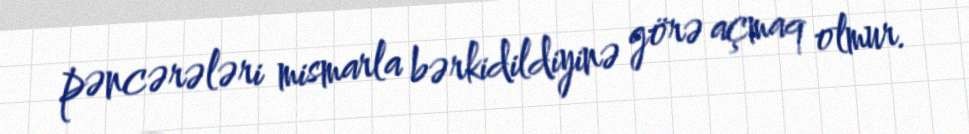
pəncərələri mismarla bərkidildiyinə görə açmaq olmur.